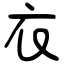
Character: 衣